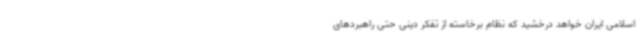
اسلامی ایران خواهد درخشید که نظام برخاسته از تفکر دینی حتی راهبردهای